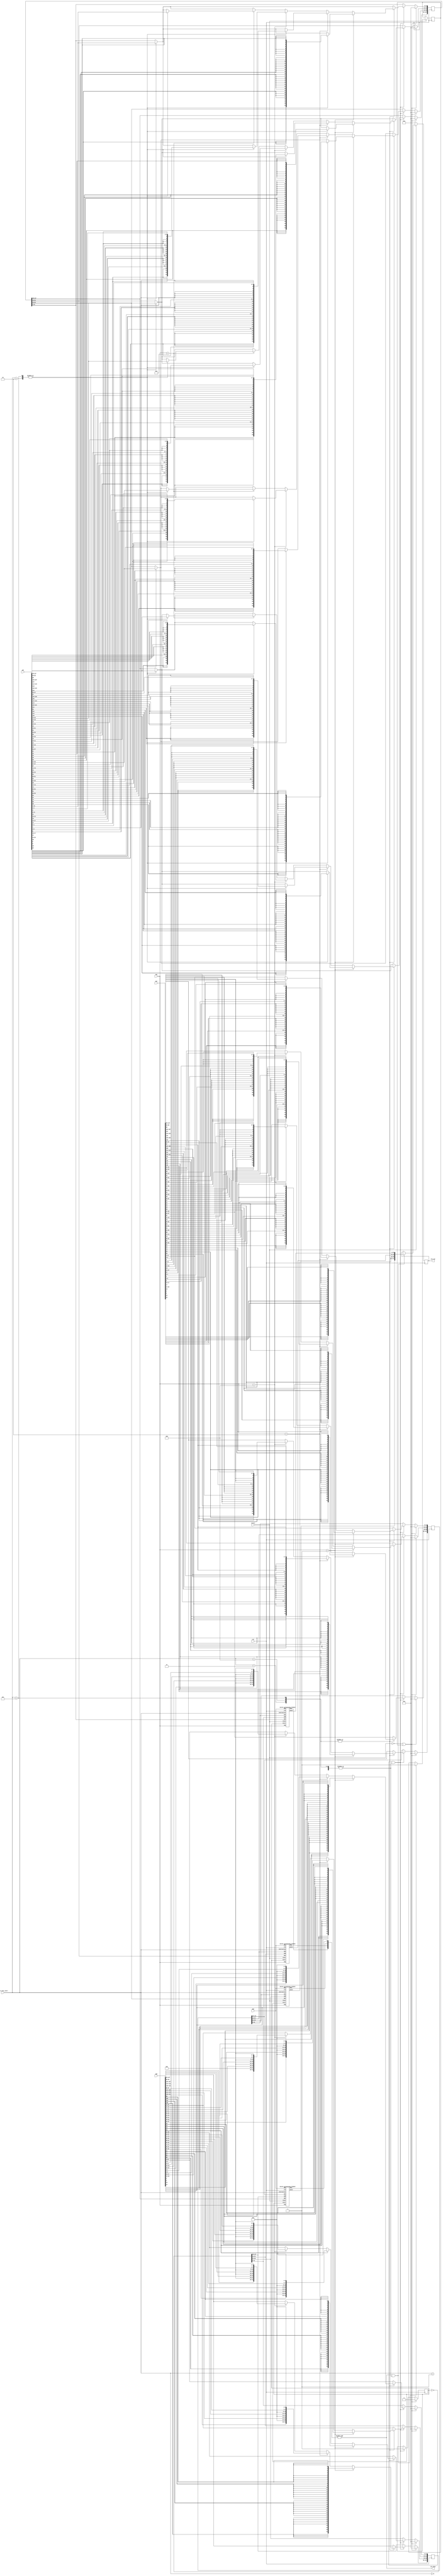
// //Used for vector arithmetic instructions
// 	localparam p_instr_vadd__vv = 8'h00 ;
// 	localparam p_instr_vmul__vv = 8'h01 ;
// 	localparam p_instr_vdot__vv = 8'h02 ;
// 	localparam p_instr_vaddvarp = 8'h03 ;
// 	localparam p_instr_vmulvarp = 8'h04 ;
// 	localparam p_instr_vdotvarp = 8'h05 ;

module alu_block(
    input clk,
    input resetn, //low level triggered (i.e if resetn is 0 is reset)
    input [7:0] micro_exec_instr,
    input [9:0] SEW,
    input [3:0] vap,
    input [127:0] opA,
    input [127:0] opB,
    input [127:0] opC,
    output reg [127:0] alu_out,
    output alu_done
);

localparam instr_vadd = 8'h00 ;
localparam instr_vmul = 8'h01 ;
localparam instr_vdot = 8'h02 ;
localparam instr_vaddvarp = 8'h03 ;
localparam instr_vmulvarp = 8'h04 ;
localparam instr_vdotvarp = 8'h05 ;

reg [127:0] new_opA, new_opB, new_opC;
wire [127:0] pe_out;
reg alu_enb, temp_reg=0;
wire is_vec_instr, is_vap_instr, is_port3_instr;
assign is_vec_instr = |{(micro_exec_instr == instr_vdot), (micro_exec_instr == instr_vadd), (micro_exec_instr == instr_vmul),
                        (micro_exec_instr == instr_vaddvarp), (micro_exec_instr == instr_vmulvarp), (micro_exec_instr == instr_vdotvarp)};
assign is_vap_instr = |{(micro_exec_instr == instr_vaddvarp), (micro_exec_instr == instr_vmulvarp), (micro_exec_instr == instr_vdotvarp)}; //To heck whether the instruction is variable bit one
assign is_port3_instr = |{(micro_exec_instr == instr_vdot), (micro_exec_instr == instr_vdotvarp)};
wire done1, done2, done3, done4; 
assign alu_done = &{done1, done2, done3, done4};


    always @(posedge clk) begin
        if(!resetn || temp_reg) begin
            // $display("Entered reset condition, alu_enb:%b, time:%d",alu_enb, $time);
            alu_enb <= 0;
            new_opA <= 0;
            new_opB <= 0;
            new_opC <= 0;
        end
        else if(!alu_enb && is_vec_instr) begin
            if(instr_vadd || instr_vmul || instr_vdot) begin
                // $display("Entered vector condition, alu_enb:%b, time:%d",alu_enb, $time);
                new_opA[127:0]  <= opA[127:0];
                new_opB[127:0]  <= opB[127:0];
                if(is_port3_instr) begin
                    new_opC[127:0]  <= opC[127:0];
                end
                alu_enb <= 1; 
            end
            if(is_vap_instr) begin
                // $display("Entered is_vap_instr condition, alu_enb:%b, time:%d",alu_enb, $time);
                if(vap == 10'b0000000001) begin
                    // $display("vecreg_data: %x, cnt:%d, time:%d", opA, cnt, $time);
                    //Converting sew of 1 to 8 bits to operate on them and zero padding on left side (for better multiplication)
                    new_opA[63:0]    <= {{8{opA[56]}}, {8{opA[48]}}, {8{opA[40]}}, {8{opA[32]}}, {8{opA[24]}}, {8{opA[16]}}, {8{opA[8]}}, {8{opA[0]}}};
                    new_opA[127:64]  <= {{8{opA[120]}}, {8{opA[112]}}, {8{opA[104]}}, {8{opA[96]}}, {8{opA[88]}}, {8{opA[80]}}, {8{opA[72]}}, {8{opA[64]}}};
                    new_opB[63:0]    <= {{8{opB[56]}}, {8{opB[48]}}, {8{opB[40]}}, {8{opB[32]}}, {8{opB[24]}}, {8{opB[16]}}, {8{opB[8]}}, {8{opB[0]}}};
                    new_opB[127:64]  <= {{8{opB[120]}}, {8{opB[112]}}, {8{opB[104]}}, {8{opB[96]}}, {8{opB[88]}}, {8{opB[80]}}, {8{opB[72]}}, {8{opB[64]}}};
                    if(is_port3_instr) begin
                        new_opC[63:0]     <= {{8{opC[56]}}, {8{opC[48]}}, {8{opC[40]}}, {8{opC[32]}}, {8{opC[24]}}, {8{opC[16]}}, {8{opC[8]}}, {8{opC[0]}}};
                        new_opC[127:64]  <= {{8{opC[120]}}, {8{opC[112]}}, {8{opC[104]}}, {8{opC[96]}}, {8{opC[88]}}, {8{opC[80]}}, {8{opC[72]}}, {8{opC[64]}}};
                    end
                    alu_enb <= 1; 
                end
                else if(vap == 10'b0000000010) begin
                    new_opA[31:0]    <= {{6{opA[25]}},opA[25:24],{6{opA[17]}},opA[17:16],{6{opA[9]}},opA[9:8],{6{opA[1]}},opA[1:0]};
                    new_opA[63:32]   <= {{6{opA[57]}},opA[57:56],{6{opA[49]}},opA[49:48],{6{opA[41]}},opA[41:40],{6{opA[33]}},opA[33:32]};
                    new_opA[95:64]   <= {{6{opA[89]}},opA[89:88],{6{opA[81]}},opA[81:80],{6{opA[73]}},opA[73:72],{6{opA[65]}},opA[65:64]};
                    new_opA[127:96]  <= {{6{opA[121]}},opA[121:120],{6{opA[113]}},opA[113:112],{6{opA[105]}},opA[105:104],{6{opA[97]}},opA[97:96]};
                    new_opB[31:0]    <= {opB[25:24],6'b0,opB[17:16],6'b0,opB[9:8],6'b0,opB[1:0],6'b0};
                    new_opB[63:32]   <= {opB[57:56],6'b0,opB[49:48],6'b0,opB[41:40],6'b0,opB[33:32],6'b0};
                    new_opB[95:64]   <= {opB[89:88],6'b0,opB[81:80],6'b0,opB[73:72],6'b0,opB[65:64],6'b0};
                    new_opB[127:96]  <= {opB[121:120],6'b0,opB[113:112],6'b0,opB[105:104],6'b0,opB[97:96],6'b0};
                    if(is_port3_instr) begin
                        new_opC[31:0]    <= {{6{opC[25]}},opC[25:24],{6{opC[17]}},opC[17:16],{6{opC[9]}},opC[9:8],{6{opC[1]}},opC[1:0]};
                        new_opC[63:32]   <= {{6{opC[57]}},opC[57:56],{6{opC[49]}},opC[49:48],{6{opC[41]}},opC[41:40],{6{opC[33]}},opC[33:32]};
                        new_opC[95:64]   <= {{6{opC[89]}},opC[89:88],{6{opC[81]}},opC[81:80],{6{opC[73]}},opC[73:72],{6{opC[65]}},opC[65:64]};
                        new_opC[127:96]  <= {{6{opC[121]}},opC[121:120],{6{opC[113]}},opC[113:112],{6{opC[105]}},opC[105:104],{6{opC[97]}},opC[97:96]};
                    end
                    alu_enb <= 1; 
                end
                else if(vap == 10'b0000000100) begin
                    new_opA[31:0]     <= {{4{opA[27]}},opA[27:24],{4{opA[19]}},opA[19:16],{4{opA[11]}},opA[11:8],{4{opA[3]}},opA[3:0]};
                    new_opA[63:32]    <= {{4{opA[59]}},opA[59:56],{4{opA[51]}},opA[51:48],{4{opA[43]}},opA[43:40],{4{opA[35]}},opA[35:32]};
                    new_opA[95:64]    <= {{4{opA[91]}},opA[91:88],{4{opA[83]}},opA[83:80],{4{opA[75]}},opA[75:72],{4{opA[67]}},opA[67:64]};
                    new_opA[127:96]   <= {{4{opA[123]}},opA[123:120],{4{opA[115]}},opA[115:112],{4{opA[107]}},opA[107:104],{4{opA[99]}},opA[99:96]};
                    new_opB[31:0]     <= {opB[27:24],4'b0,opB[19:16],4'b0,opB[11:8],4'b0,opB[3:0],4'b0};
                    new_opB[63:32]    <= {opB[59:56],4'b0,opB[51:48],4'b0,opB[43:40],4'b0,opB[35:32],4'b0};
                    new_opB[95:64]    <= {opB[91:88],4'b0,opB[83:80],4'b0,opB[75:72],4'b0,opB[67:64],4'b0};
                    new_opB[127:96]   <= {opB[123:120],4'b0,opB[115:112],4'b0,opB[107:104],4'b0,opB[99:96],4'b0};
                    if(is_port3_instr) begin
                        new_opC[31:0]    <= {{4{opC[27]}},opC[27:24],{4{opC[19]}},opC[19:16],{4{opC[11]}},opC[11:8],{4{opC[3]}},opC[3:0]};
                        new_opC[63:32]   <= {{4{opC[59]}},opC[59:56],{4{opC[51]}},opC[51:48],{4{opC[43]}},opC[43:40],{4{opC[35]}},opC[35:32]};
                        new_opC[95:64]   <= {{4{opC[91]}},opC[91:88],{4{opC[83]}},opC[83:80],{4{opC[75]}},opC[75:72],{4{opC[67]}},opC[67:64]};
                        new_opC[127:96]  <= {{4{opC[123]}},opC[123:120],{4{opC[115]}},opC[115:112],{4{opC[107]}},opC[107:104],{4{opC[99]}},opC[99:96]};
                    end
                    alu_enb <= 1; 
                end
                else if(vap == 10'b0000001000) begin
                    // $display("vecreg_data: %x, cnt:%d, time:%d", opA, cnt, $time);
                    new_opA[127:0]  <= opA[127:0];
                    new_opB[127:0]  <= opB[127:0];
                    if(is_port3_instr) begin
                        new_opC[127:0]  <= opC[127:0];
                    end
                    alu_enb <= 1; 
                end
            end
        end
    end

    always @(posedge clk) begin
        if(!resetn) begin
            alu_out <= 0;
        end
        else if(alu_done && is_vec_instr) begin
            $display("Done is ready, pe_out:%h, time:%d", pe_out[127:0], $time);
            alu_out = pe_out;
            temp_reg = 1;
        end
    end 

    vector_processing_element pe1(.clk(clk),.reset(resetn),.instruction(micro_exec_instr),.start(alu_enb),.done(done1),.opA(new_opA[127:96]),.opB(new_opB[127:96]),.opC(new_opC[127:96]),.peout(pe_out[127:96]),.SEW(SEW),.vap(vap));
    vector_processing_element pe2(.clk(clk),.reset(resetn),.instruction(micro_exec_instr),.start(alu_enb),.done(done2),.opA(new_opA[95:64]),.opB(new_opB[95:64]),.opC(new_opC[95:64]),.peout(pe_out[95:64]),.SEW(SEW),.vap(vap));
    vector_processing_element pe3(.clk(clk),.reset(resetn),.instruction(micro_exec_instr),.start(alu_enb),.done(done3),.opA(new_opA[63:32]),.opB(new_opB[63:32]),.opC(new_opC[63:32]),.peout(pe_out[63:32]),.SEW(SEW),.vap(vap));
    vector_processing_element pe4(.clk(clk),.reset(resetn),.instruction(micro_exec_instr),.start(alu_enb),.done(done4),.opA(new_opA[31:0]),.opB(new_opB[31:0]),.opC(new_opC[31:0]),.peout(pe_out[31:0]),.SEW(SEW),.vap(vap));

endmodule

module vector_processing_element(
    input clk,
    input reset,
    
    input [7:0] instruction,
	input start,
	output reg done,
	
    input [31:0] opA,
    input [31:0] opB,
    input [31:0] opC,
    output reg [31:0] peout,

	input [9:0] SEW,
	input [3:0 ] vap
);

reg [3:0] states;
localparam startstate = 4'h0 ;
localparam multstate  = 4'h1 ;
localparam completestate = 4'h2 ;

//Used for vector arithmetic instructions
localparam instr_vadd__vv = 8'h00 ;
localparam instr_vmul__vv = 8'h01 ;
localparam instr_vdot__vv = 8'h02 ;
localparam instr_vaddvarp = 8'h03 ;
localparam instr_vmulvarp = 8'h04 ;
localparam instr_vdotvarp = 8'h05 ;
localparam instr_vsub__vv = 8'h06;
localparam instr_vsubvarp = 8'h07;

reg [31:0] accumulator;  //Stores the final result
reg [7:0]  cycles;
reg first_cmpte;
reg [31:0] copB;

wire is_vap_instr = |{instruction==instr_vaddvarp, instruction==instr_vmulvarp, instruction==instr_vdotvarp, instruction==instr_vsubvarp};

always @(posedge clk) begin
    if(!reset || !start) begin
        states = 0;
        peout  = peout;
        accumulator = 0;
        first_cmpte = 0;
        cycles = 0;
        copB = 0;
        done = 0;
    end
    else if(start) begin
        case(states)
            startstate:begin
                if(start)begin
                    // $display("Entered start state,instr:%b, reset:%d, time:%d",instruction, reset, $time);
                    done <= 0; //Should be this, don't change
                    accumulator <= 0;
                    if(|{instruction == instr_vmul__vv,instruction == instr_vmulvarp,instruction == instr_vdot__vv, instruction == instr_vdotvarp}) 
                    begin
                        states = multstate;
                        //No of clock cycles needed to get the result using bit serial multiplier
                        cycles = (instruction==instr_vmulvarp || instruction == instr_vdotvarp)? ({4'h0,vap}):SEW[7:0]; 
                        first_cmpte = 1;
                    end
                    else begin
                        states = completestate;    
                    end
                end
                else
                    done = 0;
            end
            multstate: begin
                if(SEW==32 && !((instruction == instr_vmulvarp) || (instruction == instr_vdotvarp))) begin
                    if(first_cmpte)begin
                        accumulator = (opB[31])?-opA:0;
                        copB= opB << 1;
                        cycles = cycles -1;
                        first_cmpte = 0;
                        end
                    else begin
                        // $display("Entered else state, accumulator:%b, time:%d", accumulator, $time);
                        accumulator = ((accumulator<<1) + ((copB[31])?opA:0));
                        copB       = copB <<1;
                        cycles = cycles -1;
                    end
                end
                else if(SEW==16 && !((instruction == instr_vmulvarp) || (instruction == instr_vdotvarp))) begin
                    if(first_cmpte)begin
                        accumulator[31:16] = (opB[31])?-opA[31:16]:0;
                        accumulator[15: 0] = (opB[15])?-opA[15: 0]:0;

                        copB[31:16]= opB[31:16] << 1;
                        copB[15: 0]= opB[15: 0] << 1;
                        cycles = cycles -1;
                        first_cmpte = 0;
                        end
                    else begin
                        accumulator[31:16] = ((accumulator[31:16]<<1) + ((copB[31])?opA[31:16]:0));
                        accumulator[15: 0] = ((accumulator[15: 0]<<1) + ((copB[15])?opA[15: 0]:0));
                        copB[31:16]       = copB[31:16] <<1;
                        copB[15: 0]       = copB[15: 0] <<1;
                        cycles = cycles -1;
                    end
                end
                //SEW of 8 is used for vap as well because we are using only 1,2,4,8
                else begin
                    if(first_cmpte)begin
                        if(vap==1) begin
                            accumulator[31:24] = (opB[31])?-opA[31:24]:opA[31:24];
                            accumulator[23:16] = (opB[23])?-opA[23:16]:opA[23:16];
                            accumulator[15:8 ] = (opB[15])?-opA[15:8 ]:opA[15:8 ];
                            accumulator[7 :0 ] = (opB[ 7])?-opA[7 :0 ]:opA[7 :0 ];
                        end
                        else begin
                            // $display("Entered else, opB[7]:%b, -opA[7:0]:%b, time:%d", opB[7:0],-opA[7 :0 ], $time);
                            accumulator[31:24] = (opB[31])?-opA[31:24]:0;
                            accumulator[23:16] = (opB[23])?-opA[23:16]:0;
                            accumulator[15:8 ] = (opB[15])?-opA[15:8 ]:0;
                            accumulator[7 :0 ] = (opB[ 7])?-opA[7:0]:0;
                        end
                        copB[31:24]= opB[31:24] << 1;
                        copB[23:16]= opB[23:16] << 1;
                        copB[15:8 ]= opB[15:8 ] << 1;
                        copB[7 :0 ]= opB[7 :0 ] << 1;
                        cycles = cycles -1;
                        first_cmpte = 0;
                        end
                    else begin
                        // $display("cycles:%d,accumulator:%b, copB:%b, time:%d",cycles, accumulator[7:0], copB[7:0], $time);
                        accumulator[31:24] = ((accumulator[31:24]<<1) + ((copB[31])?opA[31:24]:0));
                        accumulator[23:16] = ((accumulator[23:16]<<1) + ((copB[23])?opA[23:16]:0));
                        accumulator[15: 8] = ((accumulator[15: 8]<<1) + ((copB[15])?opA[15: 8]:0));
                        accumulator[7 : 0] = ((accumulator[7 : 0]<<1) + ((copB[7 ])?opA[7 : 0]:0));
                        
                        copB[31:24]= copB[31:24] << 1;
                        copB[23:16]= copB[23:16] << 1;
                        copB[15:8 ]= copB[15:8 ] << 1;
                        copB[7 :0 ]= copB[7 :0 ] << 1;
                        cycles = cycles -1;
                    end
                end

                if(cycles==0)
                    states=completestate;

            end
            completestate:begin
                if(|{instruction == instr_vadd__vv,instruction==instr_vsub__vv,instruction==instr_vdot__vv})begin
                    if(SEW==32)begin
                        accumulator = ((instruction==instr_vdot__vv)?accumulator : opA) + ((instruction == instr_vadd__vv)?opB:((instruction == instr_vsub__vv)?(-opB):opC));
                    end
                    else if(SEW==16)begin
                        accumulator[31:16] = ((instruction==instr_vdot__vv)?accumulator[31:16] : opA[31:16]) + ((instruction == instr_vadd__vv)?opB[31:16]:((instruction == instr_vsub__vv)?(-opB[31:16]):opC[31:16]));
                        accumulator[15:0]  = ((instruction==instr_vdot__vv)?accumulator[15:0] : opA[15:0])  + ((instruction == instr_vadd__vv)?opB[15:0] :((instruction == instr_vsub__vv)?(-opB[15:0] ):opC[15:0])) ;
                    end
                    else if(SEW==8)begin
                        accumulator[31:24] = ((instruction==instr_vdot__vv)?accumulator[31:24] : opA[31:24]) + ((instruction == instr_vadd__vv)?opB[31:24]:((instruction == instr_vsub__vv)?(-opB[31:24]):opC[31:24]));
                        accumulator[23:16] = ((instruction==instr_vdot__vv)?accumulator[23:16] : opA[23:16]) + ((instruction == instr_vadd__vv)?opB[23:16]:((instruction == instr_vsub__vv)?(-opB[23:16]):opC[23:16]));
                        accumulator[15:8 ] = ((instruction==instr_vdot__vv)?accumulator[15:8] : opA[15:8 ]) + ((instruction == instr_vadd__vv)?opB[15:8 ]:((instruction == instr_vsub__vv)?(-opB[15:8 ]):opC[15:8 ]));
                        accumulator[7:0  ] = ((instruction==instr_vdot__vv)?accumulator[7:0] : opA[7:0  ]) + ((instruction == instr_vadd__vv)?opB[7:0  ]:((instruction == instr_vsub__vv)?(-opB[7:0  ]):opC[7:0  ]));
                    end
                    peout = accumulator;
                end
                else if((|{instruction==instr_vsubvarp,instruction==instr_vaddvarp})) begin
                    accumulator[31:24] = opA[31:24] + ((instruction == instr_vaddvarp)? ((opB[31:24]>>(8-vap)) | ((opB[31])?((8'hFF)<<(vap)):8'h00)) : ((instruction == instr_vsubvarp)?-((opB[31:24]>>(8-vap)) | ((opB[31])?((8'hFF)<<(vap)):8'h00)) :0) );
                    accumulator[23:16] = opA[23:16] + ((instruction == instr_vaddvarp)? ((opB[23:16]>>(8-vap)) | ((opB[23])?((8'hFF)<<(vap)):8'h00)) : ( (instruction == instr_vsubvarp)?-((opB[23:16]>>(8-vap)) | ((opB[23])?((8'hFF)<<(vap)):8'h00)) :0) );
                    accumulator[15:8] = opA[15:8] + ((instruction == instr_vaddvarp)? ((opB[15:8]>>(8-vap)) | ((opB[15])?((8'hFF)<<(vap)):8'h00)) : ( (instruction == instr_vsubvarp)?-((opB[15:8]>>(8-vap)) | ((opB[15])?((8'hFF)<<(vap)):8'h00)) :0) );
                    accumulator[7:0] = opA[7:0] + ((instruction == instr_vaddvarp)? ((opB[7:0]>>(8-vap)) | ((opB[7])?((8'hFF)<<(vap)):8'h00)) : ( (instruction == instr_vsubvarp)?-((opB[7:0]>>(8-vap)) | ((opB[7])?((8'hFF)<<(vap)):8'h00)) :0) );
                    peout = accumulator;
                end
                else if(instruction==instr_vdotvarp)begin 
                    // $display("Inside final condition, instr:%b, time:%d",instruction, $time);
                    peout[7:0] = accumulator[7:0] + opC[7:0];
                    peout[15:8] = accumulator[15:8] + opC[15:8];
                    peout[23:16] = accumulator[23:16] + opC[23:16];
                    peout[31:24] = accumulator[31:24] + opC[31:24];
                end
                else if(|{instruction==instr_vmul__vv,instruction==instr_vmulvarp})begin
                    // $display("Inside final condition, instr:%b, time:%d",instruction, $time);
                    peout = accumulator;
                end
                done = 1;
                states = startstate;
            end

        endcase
    end
end

endmodule